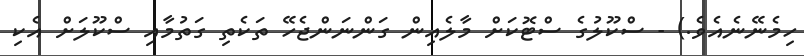
ހިމެނޭނެއެވެ.) - ސްކޫލުގެ ސްޓޮކަށް މާލެއިން ގަންނަންޖެހޭ ތަކެތި ގަތުމާއި ސްކޫލަށް އެކި